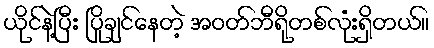
ယိုင်နဲ့ပြီး ပြိုချင်နေတဲ့ အဝတ်ဘီရိုတစ်လုံးရှိတယ်။